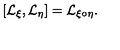
[ { \cal L } _ { \xi } , { \cal L } _ { \eta } ] = { \cal L } _ { \xi \circ \eta } .